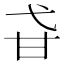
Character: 𤮼